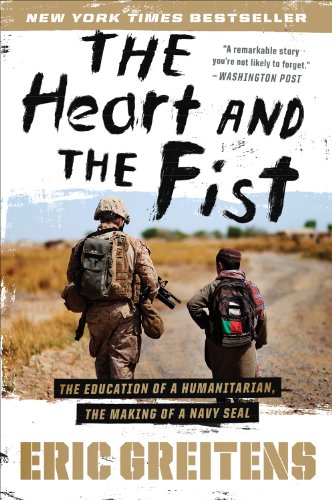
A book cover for The Heart and the Fist: The Education of a Humanitarian, the Making of a Navy SEAL; Eric Greitens Navy SEAL; Biographies & Memoirs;